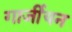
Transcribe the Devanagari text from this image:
गार्जीयन